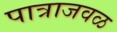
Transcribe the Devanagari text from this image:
पात्राजवळ